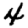
Digit: 4